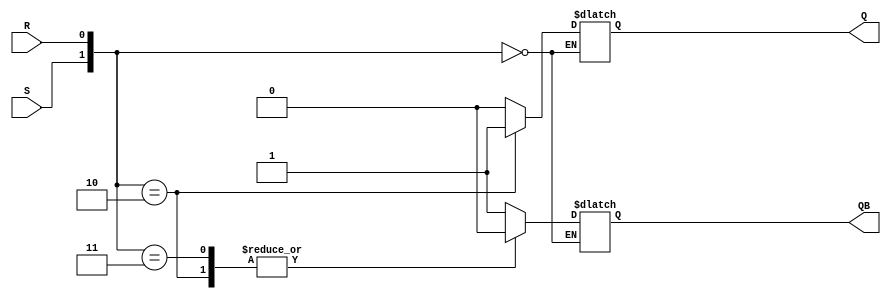
`timescale 1ns / 1ps

module sr_latch_b(
    input S,
    input R,
    output reg Q,
    output reg QB
    );
always @(S,R)
begin 
case({S,R})
0:begin
   Q <= Q;
   QB <= QB;
end
1:begin
   Q <= 1'b0;
   QB <= 1'b1;
end
2:begin
   Q <= 1'b1;
   QB <= 1'b0;
end
3:begin
   Q <= 0;
   QB <= 0;
end
endcase

end
endmodule